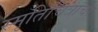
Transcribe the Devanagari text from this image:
स्मृतिचित्रांचा